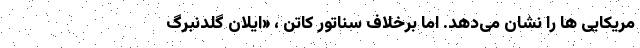
مریکایی ها را نشان می‌دهد. اما برخلاف سناتور کاتن ، «ایلان گلدنبرگ